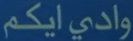
وادي ایکم